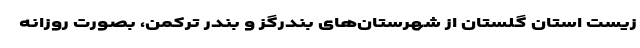
زیست استان گلستان از شهرستان‌های بندرگز و بندر ترکمن، بصورت روزانه